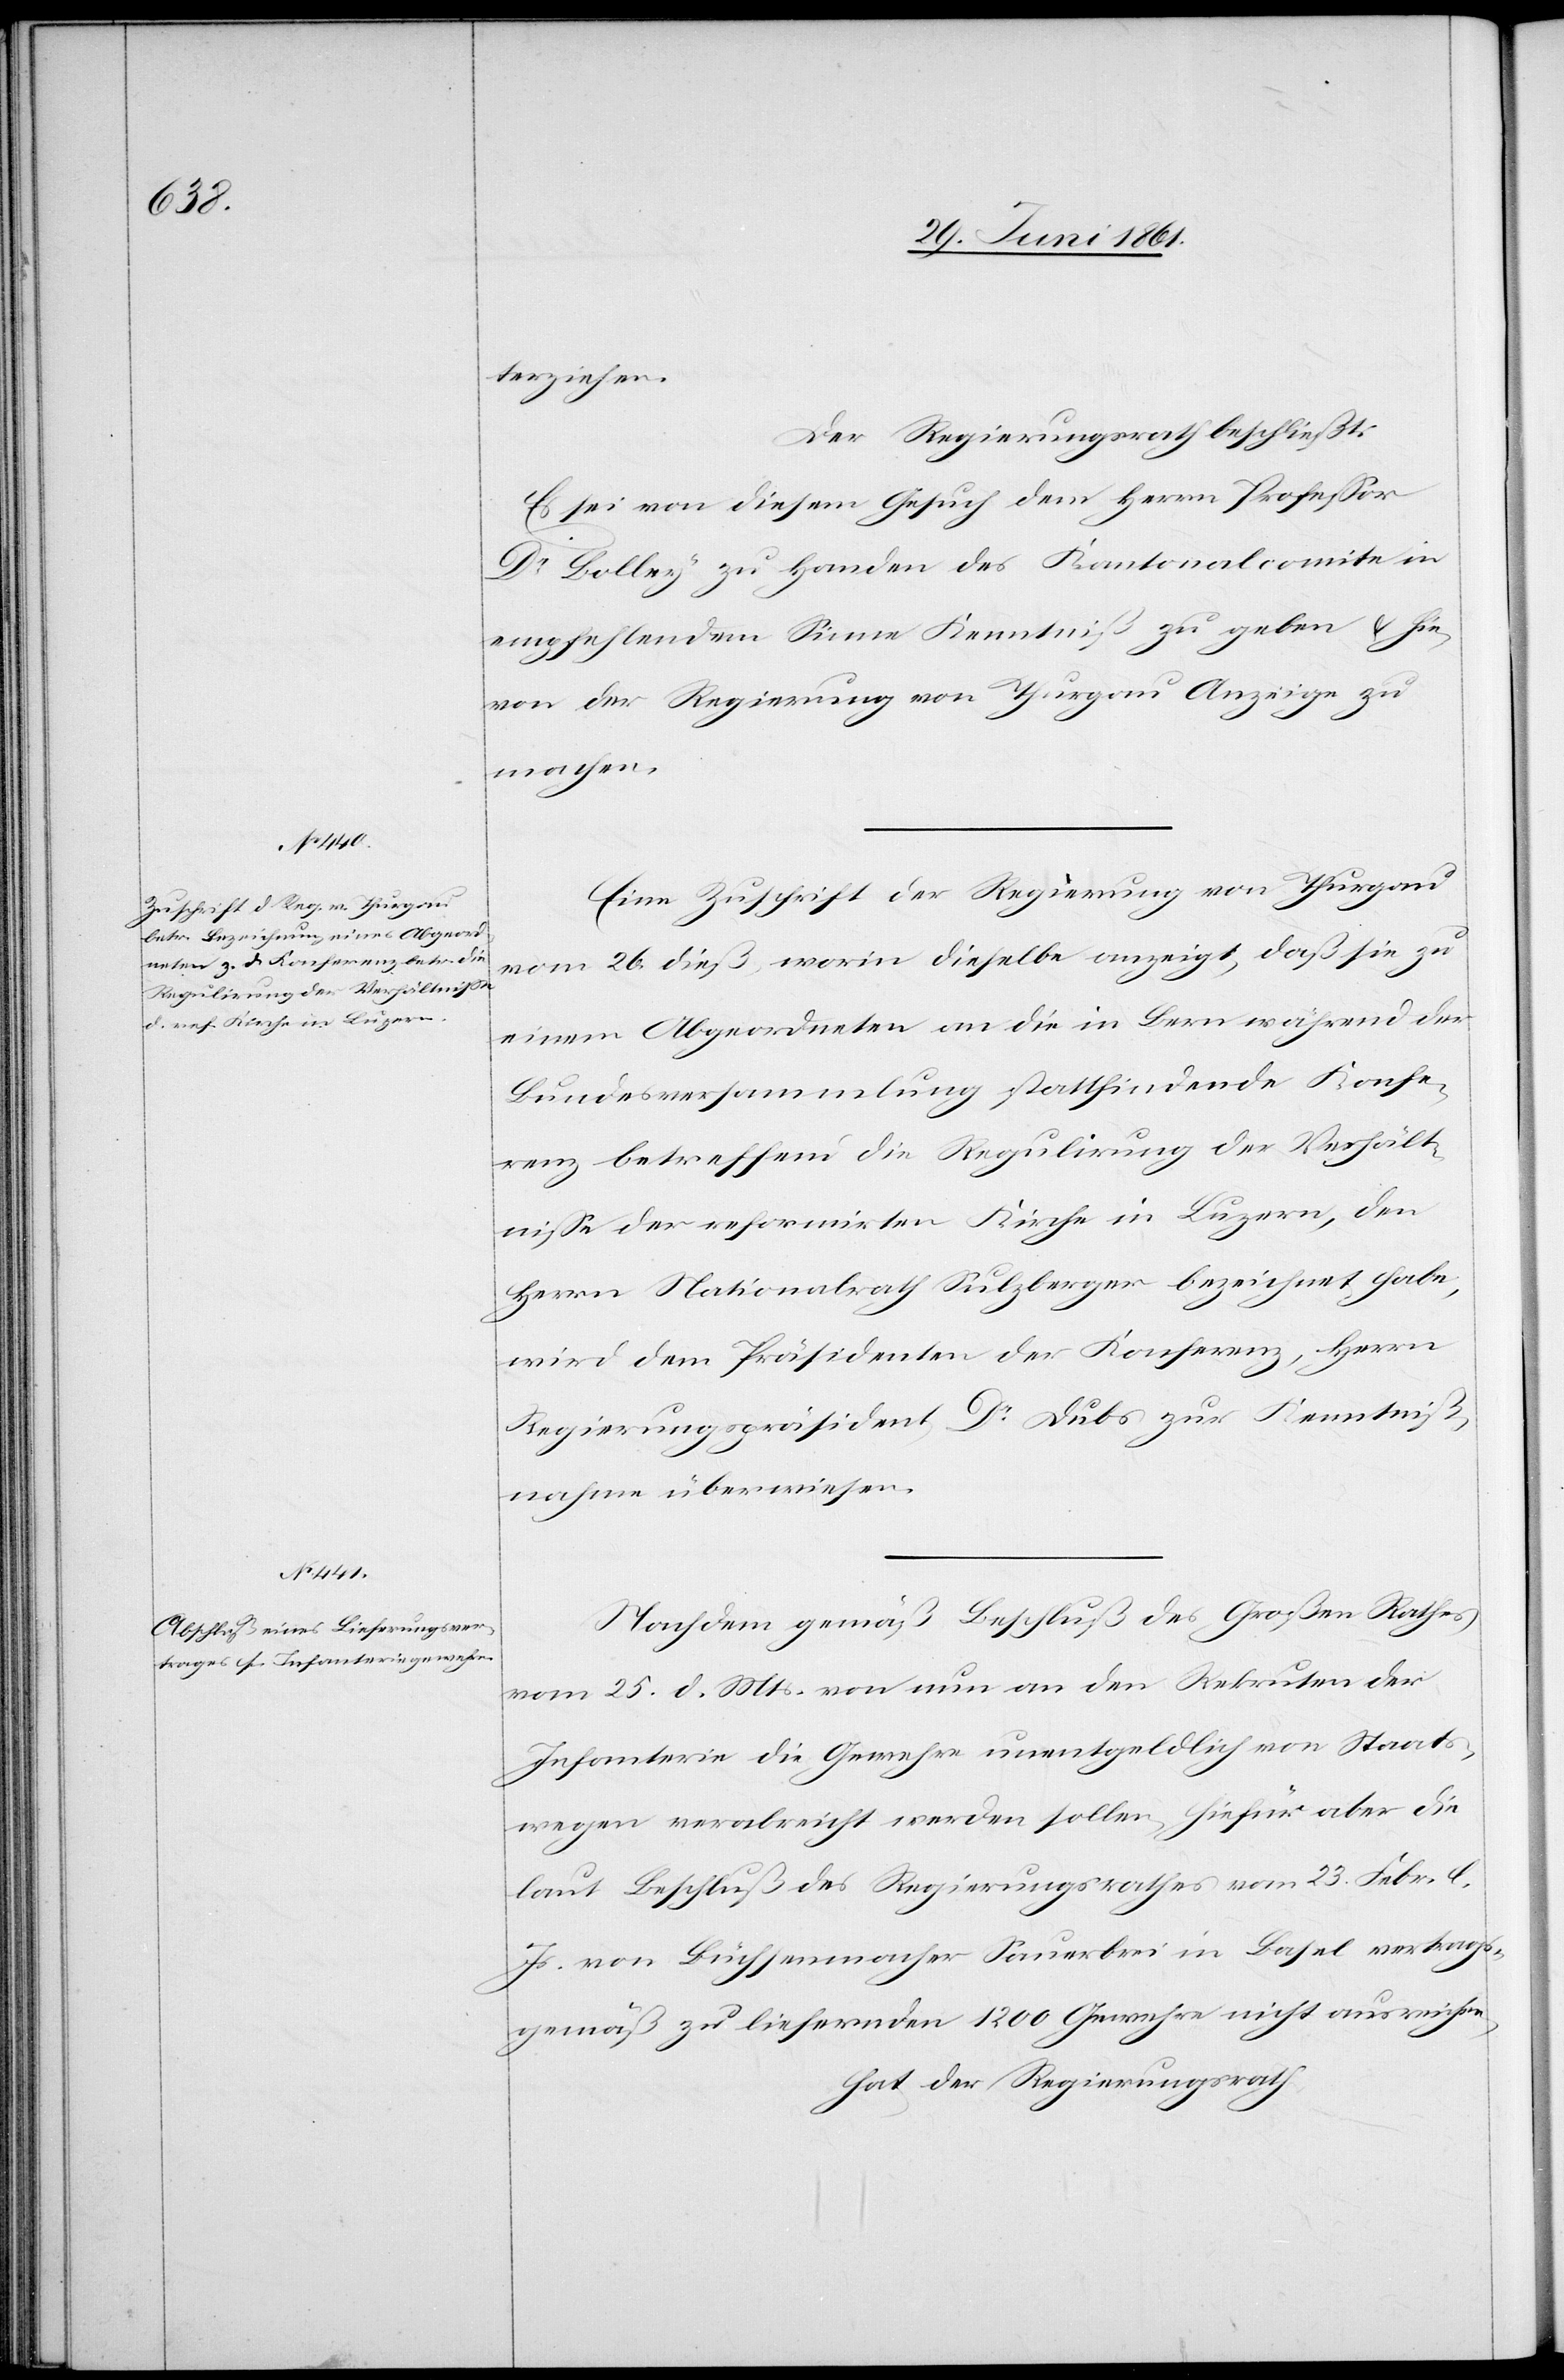
terziehen.
Der Regierungsrath beschließt:
Es sei von diesem Gesuch dem Herrn Professor
Dr. Bolley zu Handen des Kantonalcomite in
empfehlendem Sinne Kenntniß zu geben u. hie¬
von der Regierung von Thurgau Anzeige zu
machen.
Eine Zuschrift der Regierung von Thurgau
vom 26. dieß, worin dieselbe anzeigt, daß sie zu
einem Abgeordneten an die in Bern während der
Bundesversammlung stattfindende Konfe¬
renz betreffend die Regulirung der Verhält¬
nisse der reformirten Kirche in Luzern, den
Herrn Nationalrath Sulzberger bezeichnet habe,
wird dem Präsidenten der Konferenz, Herrn
Regierungspräsident Dr. Dubs zur Kenntniß¬
nahme überwiesen.
Nachdem gemäß Beschluß des Großen Rathes
vom 25. d. Mts. von nun an den Rekruten der
Infanterie die Gewehre unentgeldlich von Staats¬
wegen verabreicht werden sollen, hiefür aber die
laut Beschluß des Regierungsrathes vom 23. Febr. l.
Js. von Büchsenmacher Sauerbrei in Basel vertrags¬
gemäß zu liefernden 1200 Gewehre nicht ausreichen
hat der Regierungsrath